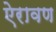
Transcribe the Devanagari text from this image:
ऐरावण